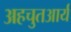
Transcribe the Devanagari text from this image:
अहचुतआर्य